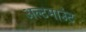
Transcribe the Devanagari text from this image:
अल्टमाउंट